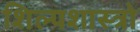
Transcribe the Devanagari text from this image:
शिल्पशास्त्रो